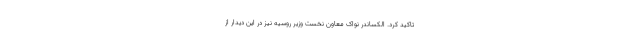
تاکید کرد. الکساندر نواک معاون نخست وزیر روسیه نیز در این دیدار از